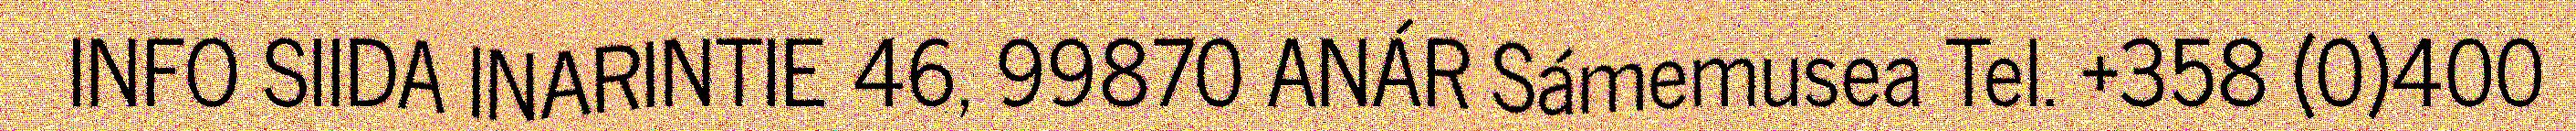
INFO SIIDA INARINTIE 46, 99870 ANÁR Sámemusea Tel. +358 (0)400